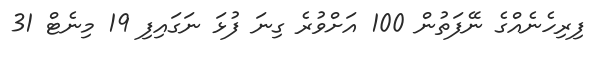
ފިރިހެނެއްގެ ނޭފަތުން 100 އަށްވުރެ ގިނަ ފުޅަ ނަގައިފި 19 މިނެޓް 31